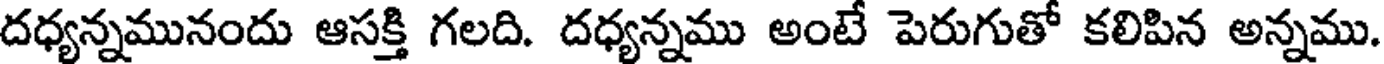
దధ్యన్నమునందు ఆసక్తి గలది. దధ్యన్నము అంటే పెరుగుతో కలిపిన అన్నము.